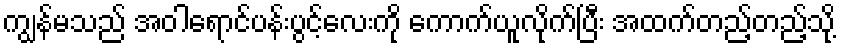
ကျွန်မသည် အဝါရောင်ပန်းပွင့်လေးကို ကောက်ယူလိုက်ပြီး အထက်တည့်တည့်သို့